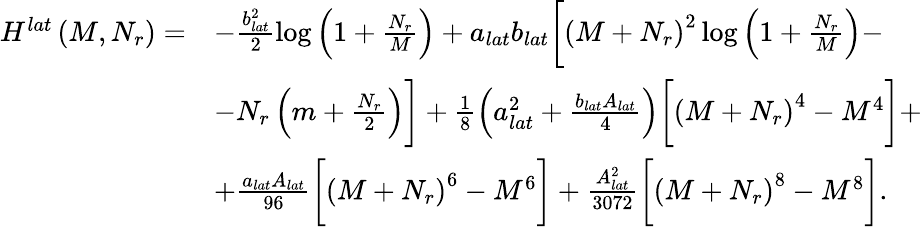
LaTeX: \begin{array}{rl}{H^{lat}\left(M,N_{r}\right)=}&{-\frac{b_{lat}^{2}}{2}\log\left(1+\frac{N_{r}}{M}\right)+a_{lat}b_{lat}\bigg[\left(M+N_{r}\right)^{2}\log\left(1+\frac{N_{r}}{M}\right)-}\\ &{-N_{r}\left(m+\frac{N_{r}}{2}\right)\bigg]+\frac{1}{8}\left(a_{lat}^{2}+\frac{b_{lat}A_{lat}}{4}\right)\bigg[\left(M+N_{r}\right)^{4}-M^{4}\bigg]+}\\ &{+\frac{a_{lat}A_{lat}}{96}\bigg[\left(M+N_{r}\right)^{6}-M^{6}\bigg]+\frac{A_{lat}^{2}}{3072}\bigg[\left(M+N_{r}\right)^{8}-M^{8}\bigg].}\end{array}